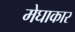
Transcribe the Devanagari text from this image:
मेघाकार